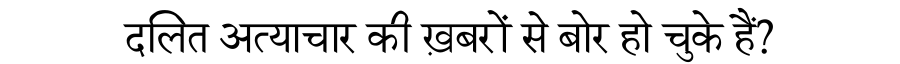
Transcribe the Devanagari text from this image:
दलित अत्याचार की ख़बरों से बोर हो चुके हैं?